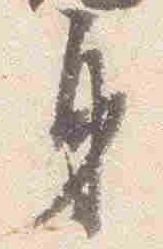
身